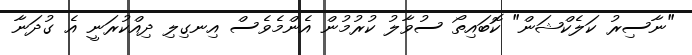
"ނާސިރު ކަލެކްޝަން" ކޮބައިތޯ ސުވާލު ކުރުމުން އެންމެވެސް އިނގިލި ދިއްކުރަނީ އެ ގުދަނާ